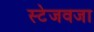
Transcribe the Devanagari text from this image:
स्टेजवजा